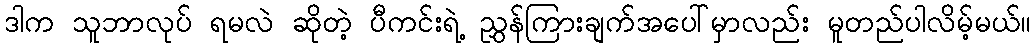
ဒါက သူဘာလုပ် ရမလဲ ဆိုတဲ့ ပီကင်းရဲ့ ညွှန်ကြားချက်အပေါ်မှာလည်း မူတည်ပါလိမ့်မယ်။